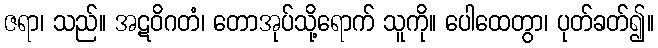
ဇရာ၊ သည်။ အဋဝိဂတံ၊ တောအုပ်သို့ရောက် သူကို။ ပေါထေတွာ၊ ပုတ်ခတ်၍။